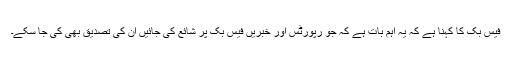
فیس بک کا کہنا ہے کہ یہ اہم بات ہے کہ جو رپورٹس اور خبریں فیس بک پر شائع کی جائیں ان کی تصدیق بھی کی جا سکے۔